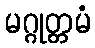
မဂ္ဂုတ္တမံ